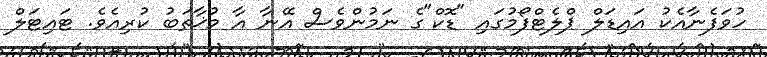
ހުވަފެނާއެކު އައިޑަލް ޕްލެޓްފޯމުގައި "ޑޮކް"ގެ ނަމުންވެސް އޭނާ އާ މުޚާތަބު ކުރިއެވެ. ޓައިޓަލް